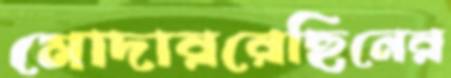
মোদাররেছিনের